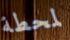
لمحطة